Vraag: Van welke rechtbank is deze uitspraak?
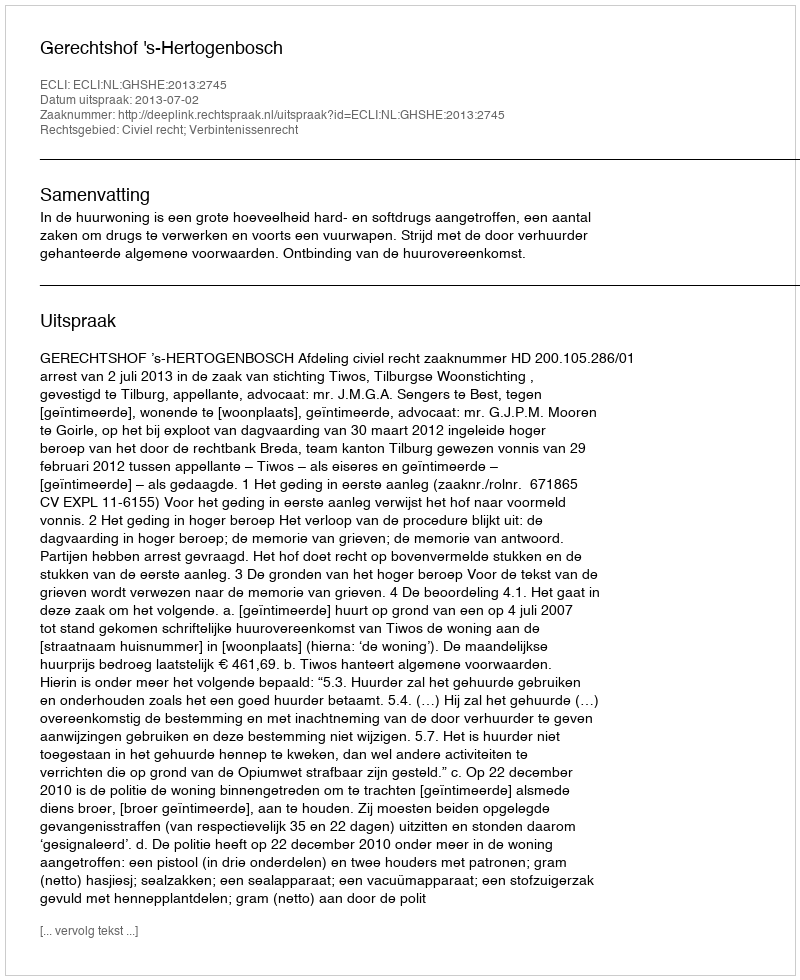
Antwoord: Gerechtshof 's-Hertogenbosch